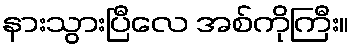
နားသွားပြီလေ အစ်ကိုကြီး။